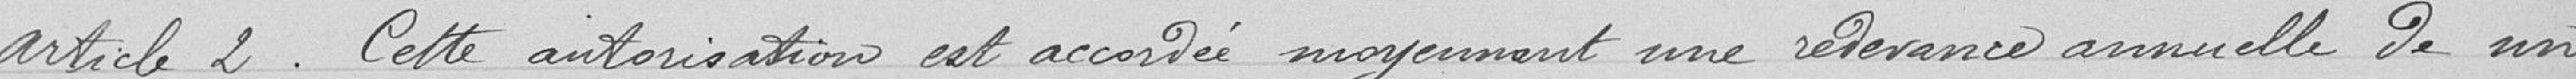
Article 2 : Cette autorisation est accordée moyennant une redevance annuelle de un